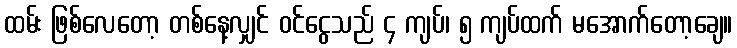
ထမ်း ဖြစ်လေတော့ တစ်နေ့လျှင် ဝင်ငွေသည် ၄ ကျပ်၊ ၅ ကျပ်ထက် မအောက်တော့ချေ။